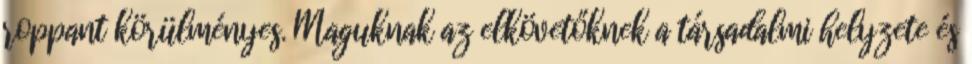
roppant körülményes. Maguknak az elkövetőknek a társadalmi helyzete és